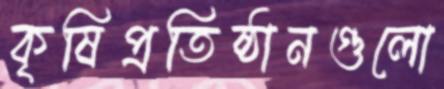
কৃষিপ্রতিষ্ঠানগুলো